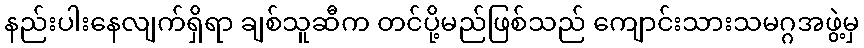
နည်းပါးနေလျက်ရှိရာ ချစ်သူဆီက တင်ပို့မည်ဖြစ်သည် ကျောင်းသားသမဂ္ဂအဖွဲ့မှ